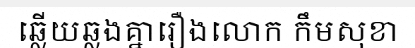
ឆ្លើយឆ្លងគ្នារឿងលោក កឹមសុខា